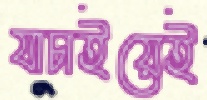
যাচাইয়েই